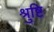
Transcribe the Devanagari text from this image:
श्रुष्टि